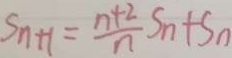
S _ { n + 1 } = \frac { n + 2 } { n } S _ { n } + S _ { n }